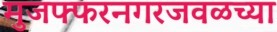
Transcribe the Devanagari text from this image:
मुजफ्फरनगरजवळच्या